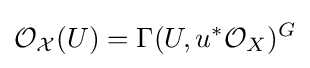
{\mathcal {O}}_{\mathcal {X}}(U)=\Gamma (U,u^{*}{\mathcal {O}}_{X})^{G}